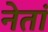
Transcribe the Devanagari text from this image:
नेतां